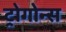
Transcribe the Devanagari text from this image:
ट्रोगोन्स